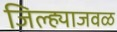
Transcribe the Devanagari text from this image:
जिल्ह्याजवळ